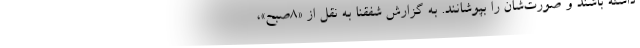
داشته باشند و صورت‌شان را بپوشانند. به گزارش شفقنا به نقل از «۸صبح»،